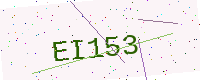
Text: EI153